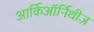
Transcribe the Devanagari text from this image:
आर्किऑर्निथीज़